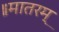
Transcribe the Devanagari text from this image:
॥मातरम्